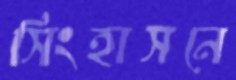
সিংহাসনে